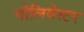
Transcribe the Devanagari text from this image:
पौलियेस्टर